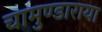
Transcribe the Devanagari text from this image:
चामुण्डाराया